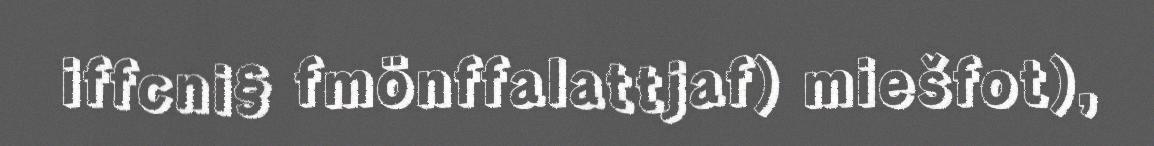
iffcni§ fmönffalattjaf) miešfot),